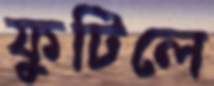
ফুটিলে